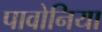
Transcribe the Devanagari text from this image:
पावोनिया